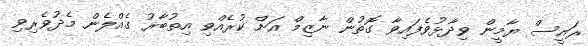
ރައީސް ޔާމީން ވިދާޅުވެފައިވާ ގޮތުން ނާޒިމް އަށް ކުރެއްވި އިތުބާރު ގެއްލެން މެދުވެރިވި